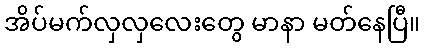
အိပ်မက်လှလှလေးတွေ မာနာ မတ်နေပြီ။